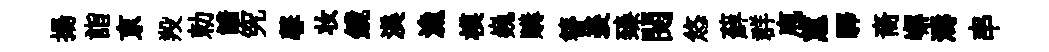
揚詣亰羖勅諳究馨妆鏡渼漁模巍購簪裘臻閱悠蘚群庖蕙驛裔嶰濤串